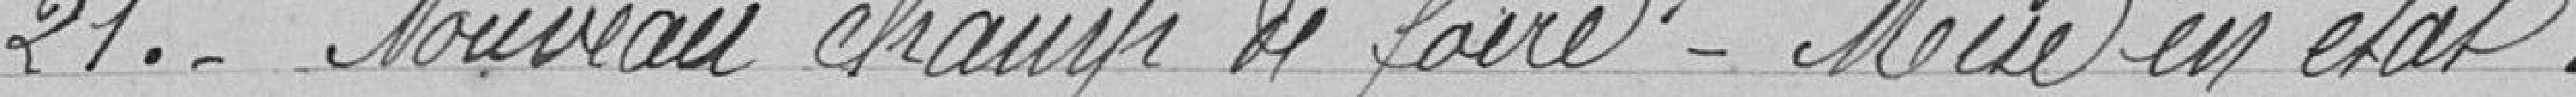
21. - Nouveau champ de foire - Mise en état.